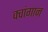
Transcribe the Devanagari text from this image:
क्वांगान